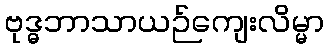
ဗုဒ္ဓဘာသာယဉ်ကျေးလိမ္မာ